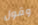
وقول